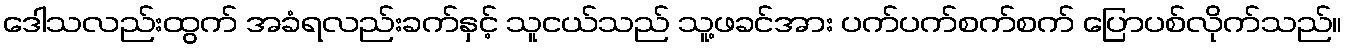
ဒေါသလည်းထွက် အခံရလည်းခက်နှင့် သူငယ်သည် သူ့ဖခင်အား ပက်ပက်စက်စက် ပြောပစ်လိုက်သည်။